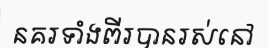
នគរទាំងពីរបានរស់នៅ